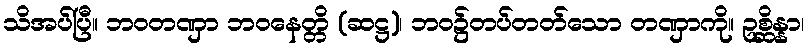
သိအပ်ပြီ။ ဘဝတဏှာ ဘဝနေတ္တိ (ဆဋ္ဌ)၊ ဘဝ၌တပ်တတ်သော တဏှာကို။ ဥစ္ဆိန္နာ၊